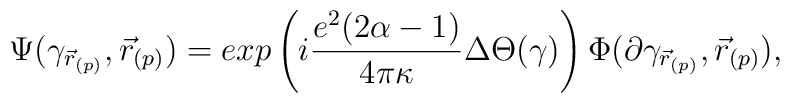
\Psi(\gamma_{\vec{r}_{(p)}}, \vec{r}_{(p)})=exp\left(i\frac{e^2(2\alpha-1)}{4\pi\kappa}\Delta\Theta(\gamma)\right)\Phi(\partial\gamma_{\vec{r}_{(p)}},\vec{r}_{(p)}),